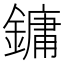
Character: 鏞